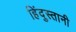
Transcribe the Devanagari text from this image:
हिंदुस्‍तानी